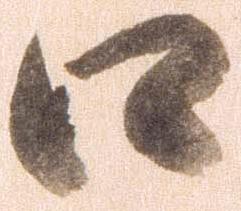
口